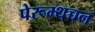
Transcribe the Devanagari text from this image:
पेरूम्थच्चन